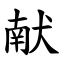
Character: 献